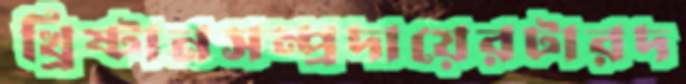
খ্রিষ্টানসম্প্রদায়েরটারদ